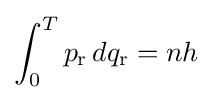
\int _{0}^{T}p_{\text{r}}\,dq_{\text{r}}=nh